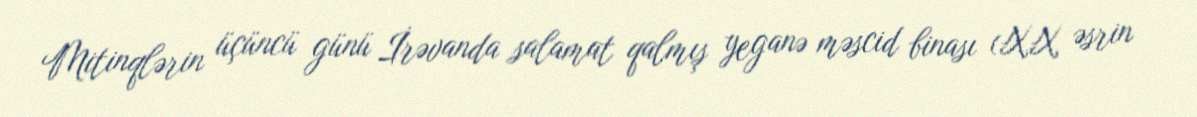
Mitinqlərin üçüncü günü İrəvanda salamat qalmış yeganə məscid binası (XX əsrin